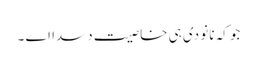
جو کہ نانوَ دی ہی خاصیت دسدا اے ۔